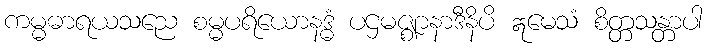
ကမ္မဓာရယသညေ စမ္မပရိယောနဒ္ဓံ ပဌမဇ္ဈာနာဒီနိပိ ဣမေသံ စိတ္တသန္တာပါ